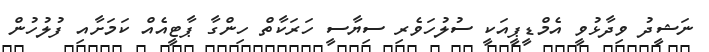
ނަޝީދު ވިދާޅުވީ އެމްޑީޕީއަކީ ސުލުހަވެރި ސިޔާސީ ހަރަކާތް ހިންގާ ޕާޓީއެއް ކަމަށާއި ފުލުހުން